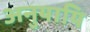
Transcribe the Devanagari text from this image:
अनुयायि